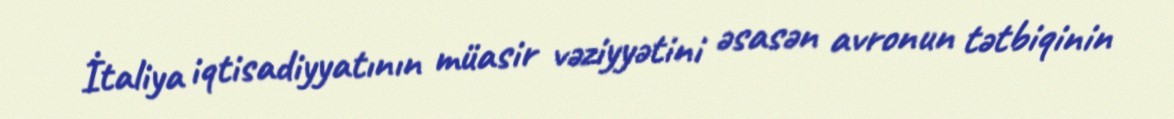
İtaliya iqtisadiyyatının müasir vəziyyətini əsasən avronun tətbiqinin